Report on horse surra - Volume I
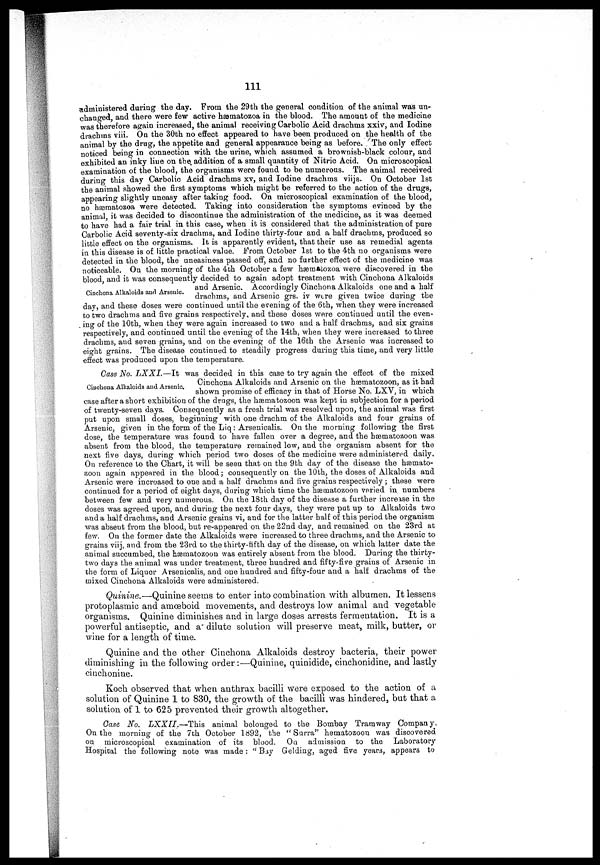
111
administered daring the day. From the 29th the general condition of the animal was un-
changed, and. there were few active hæmatozoa in the blood. The amount of the medicine
was therefore again increased, the animal receiving Carbolic Acid drachms xxiv, and Iodine
drachms viii. On the 30th no effect appeared to have been produced on the health of the
animal by the drug, the appetite and general appearance being as before. The only effect
noticed being in connection with the urine, which assumed a brownish-black colour, and
exhibited an inky line on the. addition of a small quantity of Nitric Acid. On microscopical
examination of the blood, the organisms were found to be numerous. The animal received
during this day Carbolic Acid drachms xv, and Iodine drachms viijs. On October 1st
the animal showed the first symptoms which might be referred to the action of the drugs,
appearing slightly uneasy after taking food. On microscopical examination of the blood,
no hæmatozoa were detected. Taking into consideration the symptoms evinced by the
animal, it was decided to discontinue the administration of the medicine, as it was deemed
to have had a fair trial in this case, when it is considered that the administration of pure
Carbolic Acid seventy-six drachms, and Iodine thirty-four and a half drachms, produced so
little effect on the organisms. It is apparently evident, that their use as remedial agents
in this disease is of little practical value. From October 1st to the 4th no organisms were
detected in the blood, the uneasiness passed off, and no further effect of the medicine was
noticeable. On the morning of the 4th October a few hæmatozoa were discovered in the
blood, and it was consequently decided to again adopt treatment with Cinchona Alkaloids
and Arsenic. Accordingly Cinchona Alkaloids one and a half
Cinchona Alkaloids and Arsenic. drachms, and Arsenic grs. iV were given twice during the
day, and these doses were continued until the evening of the 6th, when they were increased
to two drachms and five grains respectively, and these doses were continued until the even-
ing of the 10th, when they were again increased to two and a half drachms, and six grains
respectively, and continued until the evening of the 14th, when they were increased to three
drachms, and seven grains, and on the evening of the 16th the Arsenic was increased to
eight grains. The disease continued to steadily progress during this time, and very little
effect was produced upon the temperature.
Case No. LXXL—It
was decided in this case to try again the effect of the mixed
Cinchona Alkaloids and Arsenic on the hæmatozoon, as it had
Cinchona Alkaloids and Arsenic shown promise or efficacy in that of Horse No. LXV, in which
case after a short exhibition of the drugs, the hæmatozoon was kept in subjection for a period
of twenty-seven days. Consequently as a fresh trial was resolved upon, the animal was first
put upon small doses, beginning with one drachm of the Alkaloids and four grains of
Arsenic, given in the form of the Liq : Arsenicalis. On the morning following the first
dose, the temperature was found to have fallen over a degree, and the hæmatozoon was
absent from the blood, the temperature remained low, and the organism absent for the
next five days, during which period two doses of the medicine were administered daily.
On reference to the Chart, it will be seen that on the 9th day of the disease the hæmato-
aoon again appeared in the blood ; consequently on the 10th, the doses of Alkaloids and
Arsenic were increased to one and a half drachms and five grains respectively ; these were
continued for a period of eight days, during which time the hæmatozoon varied in numbers
between few and very numerous. On the 18th day of the disease a further increase in the
doses was agreed upon, and during the next four days, they were put up to Alkaloids two
and a half drachms, and Arsenic grains vi, and for the latter half of this period the organism
was absent from the blood, but re-appeared on the 22nd day, and remained on the 23rd at
few. On the former date the Alkaloids were increased to three drachms, and the Arsenic to
grains viij, and from the 23rd to the thirty-fifth day of the disease, on which latter date the
animal succumbed, the hæmatozoon was entirely absent from the blood. During the thirty-
two days the animal was under treatment, three hundred and fifty-five grains of Arsenic in
the form of Liquor Arsenicalis, and one hundred and fifty-four and a half drachms of the
mixed Cinchona Alkaloids were administered.
Quinine.—Quinine seems to enter into combination with albumen. It lessens
protoplasmic and amoeboid movements, and destroys low animal and vegetable
organisms. Quinine diminishes and in large doses arrests fermentation. It is a
powerful antiseptic, and a dilute solution will preserve meat, milk, butter, or
wine for a length of time.
Quinine and the other Cinchona Alkaloids destroy bacteria, their power
diminishing in the following order :—Quinine, quinidide, cinchonidine, and lastly
ciiichonine.
Koch observed that when anthrax bacilli were exposed to the action of a
solution of Quinine 1 to 830, the growth of the bacilli was hindered, but that a
solution of 1 to 625 prevented their growth altogether.
Case No. LXXII.—This
animal belonged to the Bombay Tramway Company
On the morning of the 7th October 1892, the "Surra" hematozoon was discovered
on microscopical examination of its blood. On admission to the Laboratory
Hospital the following note was made : " Bay Gelding, aged five years, appears to